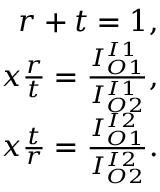
\begin{array} { r } { r + t = 1 , } \\ { x \frac { r } { t } = \frac { I _ { O 1 } ^ { I 1 } } { I _ { O 2 } ^ { I 1 } } , } \\ { x \frac { t } { r } = \frac { I _ { O 1 } ^ { I 2 } } { I _ { O 2 } ^ { I 2 } } . } \end{array}